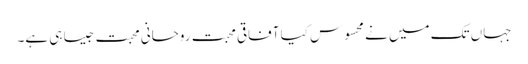
جہاں تک میں نے محسوس کیا آفاقی محبت روحانی محبت جیسا ہی ہے۔